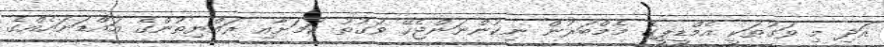
އަދި މި ވަގުތަކީ އެމްޑީޕީގެ މެމްބަރުން ނިކުންނަންޖެހޭ ވަގުތު ކަމަށާއި ރައްޔިތުންގެ އައްޑަނައެއްގެ